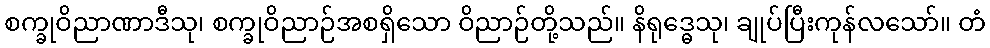
စက္ခုဝိညာဏာဒီသု၊ စက္ခုဝိညာဉ်အစရှိသော ဝိညာဉ်တို့သည်။ နိရုဒ္ဓေသု၊ ချုပ်ပြီးကုန်လသော်။ တံ